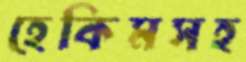
হেকিমসহ